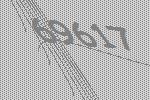
69617